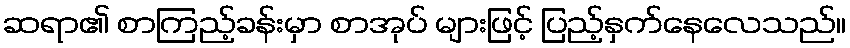
ဆရာ၏ စာကြည့်ခန်းမှာ စာအုပ် များဖြင့် ပြည့်နှက်နေလေသည်။